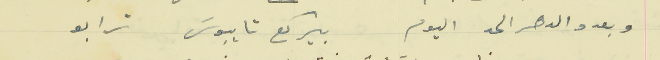
وبعدو الدهر الحد اليوم                                  بيركع تا يبوسَ ترابو